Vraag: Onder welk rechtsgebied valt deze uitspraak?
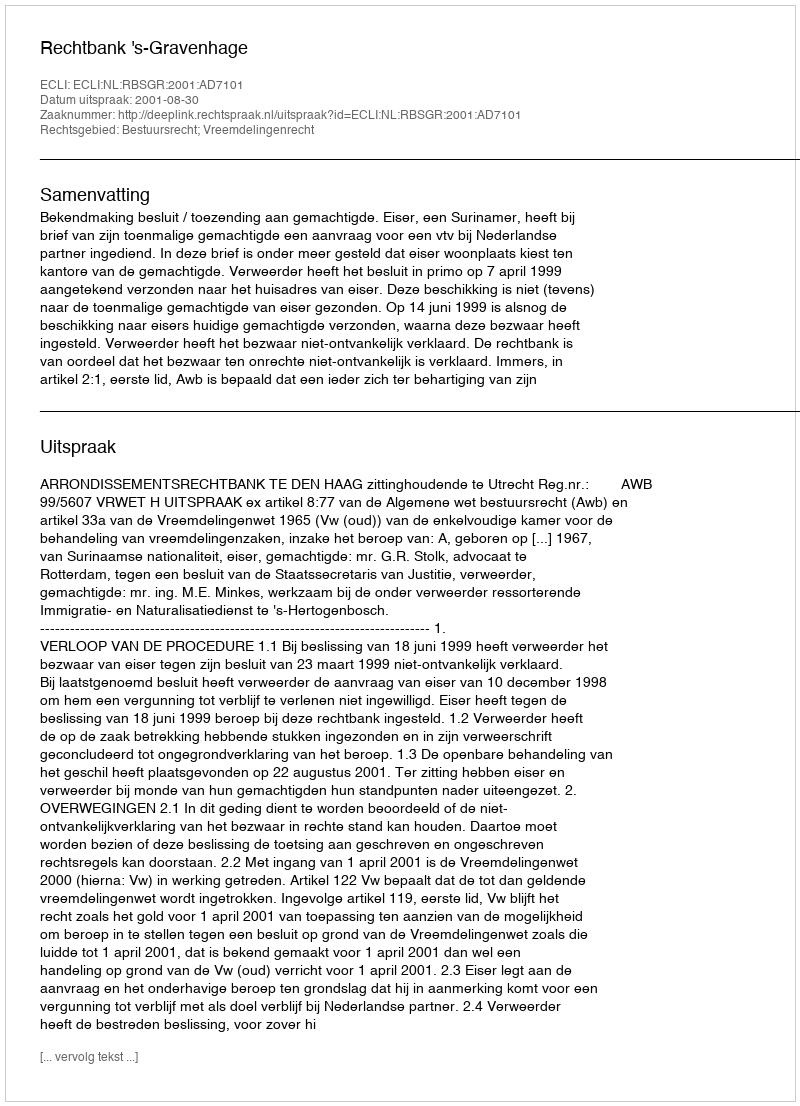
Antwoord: Bestuursrecht; Vreemdelingenrecht